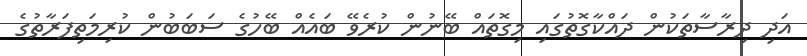
އަދި ދިރާސާތަކުން ދައްކާގޮތުގައި މިގޮތައް ބޭނުން ކުރެވޭ ބައެއް ބޭހުގެ ސަބަބުން ކުރިމަތިފަރާތުގެ